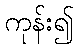
ကုန်း၍